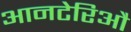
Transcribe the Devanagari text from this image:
आनटेरिऔ